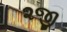
૨જી